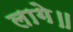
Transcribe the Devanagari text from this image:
लागे॥